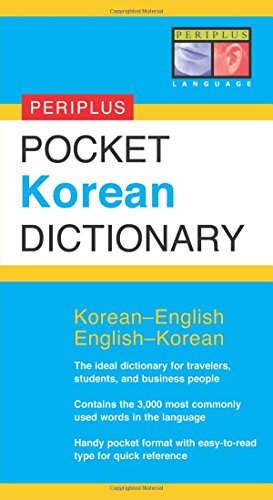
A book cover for Pocket Korean Dictionary; Seong-Chul Shin; Travel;